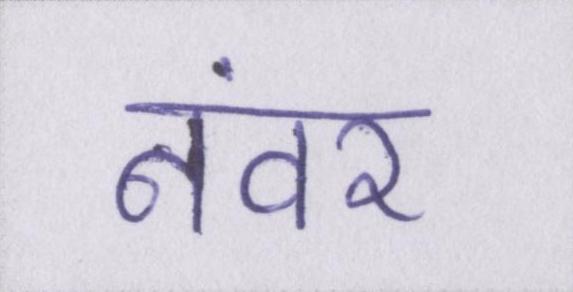
नंवर